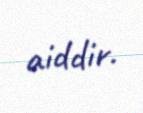
aiddir.